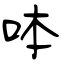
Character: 呠